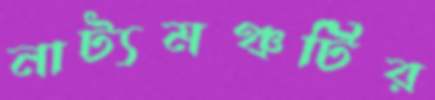
নাট্যমঞ্চটির